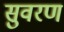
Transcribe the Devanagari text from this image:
सुवरण